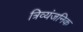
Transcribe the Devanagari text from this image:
त्रिव्यंजनिक